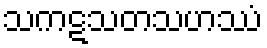
သကဋသတသဟဿံ